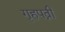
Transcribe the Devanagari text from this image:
गृहपत्नी